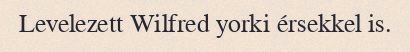
Levelezett Wilfred yorki érsekkel is.